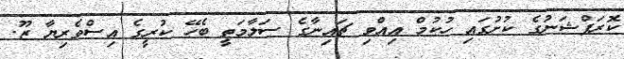
ކޮރަޕްޝަނުގެ ކުށުގައި ހުކުމް އިއްވި ޗައިނާގެ ސަލާމަތީ ބެހޭ ކުރީގެ އިސްވެރިޔާ ޒޫ.